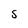
Character: S